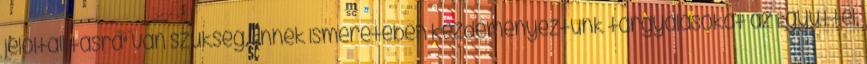
jelöltállításra" van szükség. Ennek ismeretében kezdeményeztünk tárgyalásokat az Együttel,